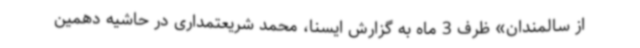
از سالمندان» ظرف 3 ماه به گزارش ایسنا، محمد شریعتمداری در حاشیه دهمین